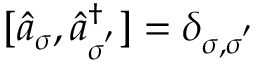
[ \hat { a } _ { \sigma } , \hat { a } _ { \sigma ^ { ' } } ^ { \dagger } ] = \delta _ { { \sigma } , { \sigma } ^ { ' } }